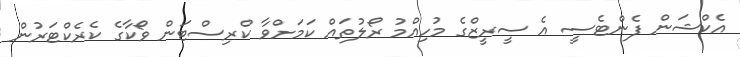
އެކްޝަން ފެންޓެސީ އެ ސީރީޒްގެ މުހިއްމު ރޯލުތައް ކަމަށްވާ ކްރިސްޓަން ވޯކާގެ ކެރެކްޓަރުން